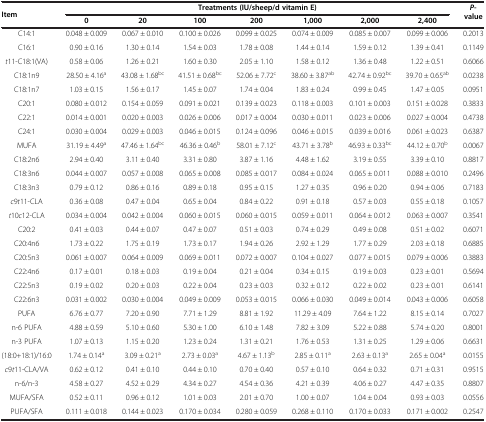
<table><thead><tr><td><b>Item</b></td><td colspan="7"><b>Treatments (IU/sheep/d vitamin E)</b></td><td><b><i>P</i>-value</b></td></tr><tr><td><b> </b></td><td><b>0</b></td><td><b>20</b></td><td><b>100</b></td><td><b>200</b></td><td><b>1,000</b></td><td><b>2,000</b></td><td><b>2,400</b></td><td><b> </b></td></tr></thead><tbody><tr><td>C14:1</td><td>0.048 ± 0.009</td><td>0.067 ± 0.010</td><td>0.100 ± 0.026</td><td>0.099 ± 0.025</td><td>0.074 ± 0.009</td><td>0.085 ± 0.007</td><td>0.099 ± 0.006</td><td>0.2013</td></tr><tr><td>C16:1</td><td>0.90 ± 0.16</td><td>1.30 ± 0.14</td><td>1.54 ± 0.03</td><td>1.78 ± 0.08</td><td>1.44 ± 0.14</td><td>1.59 ± 0.12</td><td>1.39 ± 0.41</td><td>0.1149</td></tr><tr><td><i>t</i>11-C18:1(VA)</td><td>0.58 ± 0.06</td><td>1.26 ± 0.21</td><td>1.60 ± 0.30</td><td>2.05 ± 1.10</td><td>1.58 ± 0.12</td><td>1.36 ± 0.48</td><td>1.22 ± 0.51</td><td>0.6066</td></tr><tr><td>C18:1n9</td><td>28.50 ± 4.16<sup>a</sup></td><td>43.08 ± 1.68<sup>bc</sup></td><td>41.51 ± 0.68<sup>bc</sup></td><td>52.06 ± 7.72<sup>c</sup></td><td>38.60 ± 3.87<sup>ab</sup></td><td>42.74 ± 0.92<sup>bc</sup></td><td>39.70 ± 0.65<sup>ab</sup></td><td>0.0238</td></tr><tr><td>C18:1n7</td><td>1.03 ± 0.15</td><td>1.56 ± 0.17</td><td>1.45 ± 0.07</td><td>1.74 ± 0.04</td><td>1.83 ± 0.24</td><td>0.99 ± 0.45</td><td>1.47 ± 0.05</td><td>0.0951</td></tr><tr><td>C20:1</td><td>0.080 ± 0.012</td><td>0.154 ± 0.059</td><td>0.091 ± 0.021</td><td>0.139 ± 0.023</td><td>0.118 ± 0.003</td><td>0.101 ± 0.003</td><td>0.151 ± 0.028</td><td>0.3833</td></tr><tr><td>C22:1</td><td>0.014 ± 0.001</td><td>0.020 ± 0.003</td><td>0.026 ± 0.006</td><td>0.017 ± 0.004</td><td>0.030 ± 0.011</td><td>0.023 ± 0.006</td><td>0.027 ± 0.004</td><td>0.4738</td></tr><tr><td>C24:1</td><td>0.030 ± 0.004</td><td>0.029 ± 0.003</td><td>0.046 ± 0.015</td><td>0.124 ± 0.096</td><td>0.046 ± 0.015</td><td>0.039 ± 0.016</td><td>0.061 ± 0.023</td><td>0.6387</td></tr><tr><td>MUFA</td><td>31.19 ± 4.49<sup>a</sup></td><td>47.46 ± 1.64<sup>bc</sup></td><td>46.36 ± 0.46<sup>b</sup></td><td>58.01 ± 7.12<sup>c</sup></td><td>43.71 ± 3.78<sup>b</sup></td><td>46.93 ± 0.33<sup>bc</sup></td><td>44.12 ± 0.70<sup>b</sup></td><td>0.0067</td></tr><tr><td>C18:2n6</td><td>2.94 ± 0.40</td><td>3.11 ± 0.40</td><td>3.31 ± 0.80</td><td>3.87 ± 1.16</td><td>4.48 ± 1.62</td><td>3.19 ± 0.55</td><td>3.39 ± 0.10</td><td>0.8817</td></tr><tr><td>C18:3n6</td><td>0.044 ± 0.007</td><td>0.057 ± 0.008</td><td>0.065 ± 0.008</td><td>0.085 ± 0.017</td><td>0.084 ± 0.024</td><td>0.065 ± 0.011</td><td>0.088 ± 0.010</td><td>0.2496</td></tr><tr><td>C18:3n3</td><td>0.79 ± 0.12</td><td>0.86 ± 0.16</td><td>0.89 ± 0.18</td><td>0.95 ± 0.15</td><td>1.27 ± 0.35</td><td>0.96 ± 0.20</td><td>0.94 ± 0.06</td><td>0.7183</td></tr><tr><td><i>c</i>9<i>t</i>11-CLA</td><td>0.36 ± 0.08</td><td>0.47 ± 0.04</td><td>0.65 ± 0.04</td><td>0.84 ± 0.22</td><td>0.91 ± 0.18</td><td>0.57 ± 0.03</td><td>0.55 ± 0.18</td><td>0.1057</td></tr><tr><td><i>t</i>10<i>c</i>12-CLA</td><td>0.034 ± 0.004</td><td>0.042 ± 0.004</td><td>0.060 ± 0.015</td><td>0.060 ± 0.015</td><td>0.059 ± 0.011</td><td>0.064 ± 0.012</td><td>0.063 ± 0.007</td><td>0.3541</td></tr><tr><td>C20:2</td><td>0.41 ± 0.03</td><td>0.44 ± 0.07</td><td>0.47 ± 0.07</td><td>0.51 ± 0.03</td><td>0.74 ± 0.29</td><td>0.49 ± 0.08</td><td>0.51 ± 0.02</td><td>0.6071</td></tr><tr><td>C20:4n6</td><td>1.73 ± 0.22</td><td>1.75 ± 0.19</td><td>1.73 ± 0.17</td><td>1.94 ± 0.26</td><td>2.92 ± 1.29</td><td>1.77 ± 0.29</td><td>2.03 ± 0.18</td><td>0.6885</td></tr><tr><td>C20:5n3</td><td>0.061 ± 0.007</td><td>0.064 ± 0.009</td><td>0.069 ± 0.011</td><td>0.072 ± 0.007</td><td>0.104 ± 0.027</td><td>0.077 ± 0.015</td><td>0.079 ± 0.006</td><td>0.3883</td></tr><tr><td>C22:4n6</td><td>0.17 ± 0.01</td><td>0.18 ± 0.03</td><td>0.19 ± 0.04</td><td>0.21 ± 0.04</td><td>0.34 ± 0.15</td><td>0.19 ± 0.03</td><td>0.23 ± 0.01</td><td>0.5694</td></tr><tr><td>C22:5n3</td><td>0.19 ± 0.02</td><td>0.20 ± 0.03</td><td>0.22 ± 0.04</td><td>0.23 ± 0.03</td><td>0.32 ± 0.12</td><td>0.22 ± 0.02</td><td>0.23 ± 0.01</td><td>0.6141</td></tr><tr><td>C22:6n3</td><td>0.031 ± 0.002</td><td>0.030 ± 0.004</td><td>0.049 ± 0.009</td><td>0.053 ± 0.015</td><td>0.066 ± 0.030</td><td>0.049 ± 0.014</td><td>0.043 ± 0.006</td><td>0.6058</td></tr><tr><td>PUFA</td><td>6.76 ± 0.77</td><td>7.20 ± 0.90</td><td>7.71 ± 1.29</td><td>8.81 ± 1.92</td><td>11.29 ± 4.09</td><td>7.64 ± 1.22</td><td>8.15 ± 0.14</td><td>0.7027</td></tr><tr><td>n-6 PUFA</td><td>4.88 ± 0.59</td><td>5.10 ± 0.60</td><td>5.30 ± 1.00</td><td>6.10 ± 1.48</td><td>7.82 ± 3.09</td><td>5.22 ± 0.88</td><td>5.74 ± 0.20</td><td>0.8001</td></tr><tr><td>n-3 PUFA</td><td>1.07 ± 0.13</td><td>1.15 ± 0.20</td><td>1.23 ± 0.24</td><td>1.31 ± 0.21</td><td>1.76 ± 0.53</td><td>1.31 ± 0.25</td><td>1.29 ± 0.06</td><td>0.6631</td></tr><tr><td>(18:0+18:1)/16:0</td><td>1.74 ± 0.14<sup>a</sup></td><td>3.09 ± 0.21<sup>a</sup></td><td>2.73 ± 0.03<sup>a</sup></td><td>4.67 ± 1.13<sup>b</sup></td><td>2.85 ± 0.11<sup>a</sup></td><td>2.63 ± 0.13<sup>a</sup></td><td>2.65 ± 0.04<sup>a</sup></td><td>0.0155</td></tr><tr><td><i>c</i>9<i>t</i>11-CLA/VA</td><td>0.62 ± 0.12</td><td>0.41 ± 0.10</td><td>0.44 ± 0.10</td><td>0.70 ± 0.40</td><td>0.57 ± 0.10</td><td>0.64 ± 0.32</td><td>0.71 ± 0.31</td><td>0.9515</td></tr><tr><td>n-6/n-3</td><td>4.58 ± 0.27</td><td>4.52 ± 0.29</td><td>4.34 ± 0.27</td><td>4.54 ± 0.36</td><td>4.21 ± 0.39</td><td>4.06 ± 0.27</td><td>4.47 ± 0.35</td><td>0.8807</td></tr><tr><td>MUFA/SFA</td><td>0.52 ± 0.11</td><td>0.96 ± 0.12</td><td>1.01 ± 0.03</td><td>2.01 ± 0.70</td><td>1.00 ± 0.07</td><td>1.04 ± 0.04</td><td>0.93 ± 0.03</td><td>0.0556</td></tr><tr><td>PUFA/SFA</td><td>0.111 ± 0.018</td><td>0.144 ± 0.023</td><td>0.170 ± 0.034</td><td>0.280 ± 0.059</td><td>0.268 ± 0.110</td><td>0.170 ± 0.033</td><td>0.171 ± 0.002</td><td>0.2547</td></tr></tbody></table>